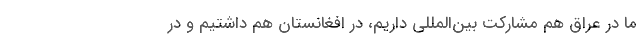
ما در عراق هم مشاركت بين‌المللي داريم، در افغانستان هم داشتيم و در